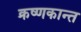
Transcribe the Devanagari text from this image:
क्रष्णकान्त